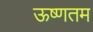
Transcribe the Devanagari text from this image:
ऊष्णतम